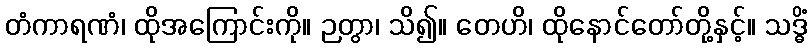
တံကာရဏံ၊ ထိုအကြောင်းကို။ ဉတွာ၊ သိ၍။ တေဟိ၊ ထိုနောင်တော်တို့နှင့်။ သဒ္ဓိံ